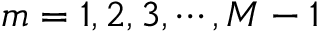
m = 1 , 2 , 3 , \cdots , M - 1